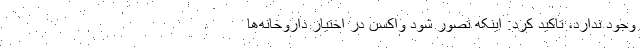
وجود ندارد، تاکید کرد: اینکه تصور شود واکسن در اختیار داروخانه‌ها